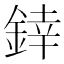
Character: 﨨